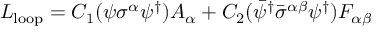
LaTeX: { \cal { L } } _ { \mathrm { l o o p } } = C _ { 1 } ( \psi \sigma ^ { \alpha } \psi ^ { \dagger } ) A _ { \alpha } + C _ { 2 } ( \bar { \psi } ^ { \dagger } \bar { \sigma } ^ { \alpha \beta } \psi ^ { \dagger } ) F _ { \alpha \beta }